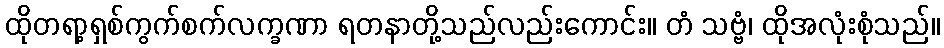
ထိုတရာ့ရှစ်ကွက်စက်လက္ခဏာ ရတနာတို့သည်လည်းကောင်း။ တံ သဗ္ဗံ၊ ထိုအလုံးစုံသည်။